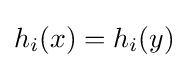
h_{i}(x)=h_{i}(y)